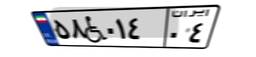
۵۸W۰۱۴۰۴